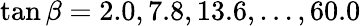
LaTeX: \tan\beta=2.0,7.8,13.6,...,60.0